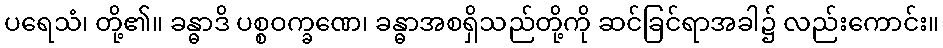
ပရေသံ၊ တို့၏။ ခန္ဓာဒိ ပစ္စဝက္ခဏေ၊ ခန္ဓာအစရှိသည်တို့ကို ဆင်ခြင်ရာအခါ၌ လည်းကောင်း။